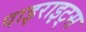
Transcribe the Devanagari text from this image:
पाइराइट्स